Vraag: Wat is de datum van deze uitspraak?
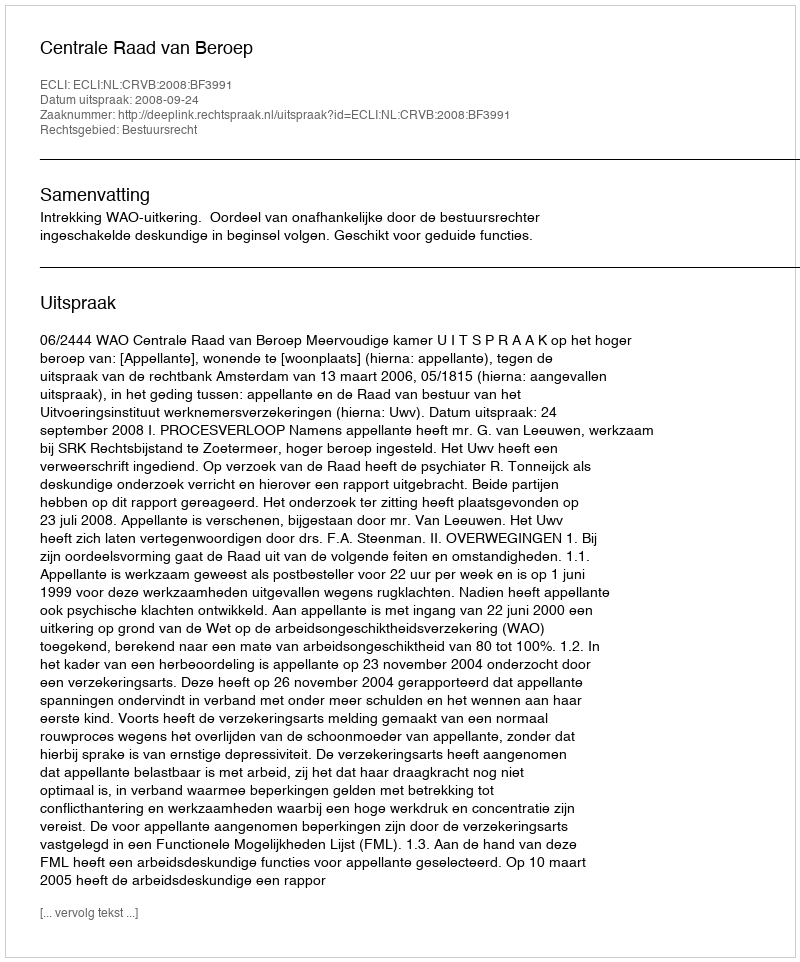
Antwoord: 2008-09-24